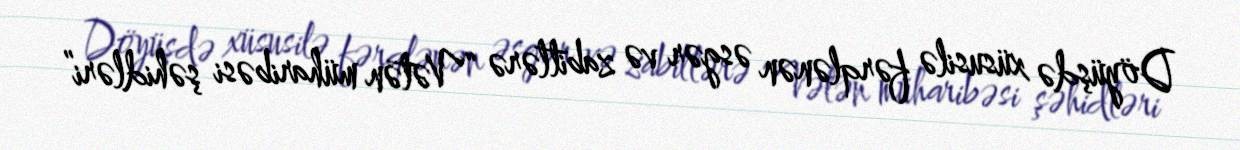
Döyüşdə xüsusilə fərqlənən əsgər və zabitlərə “Vətən müharibəsi şəhidləri”